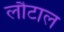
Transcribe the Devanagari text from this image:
लौटाल